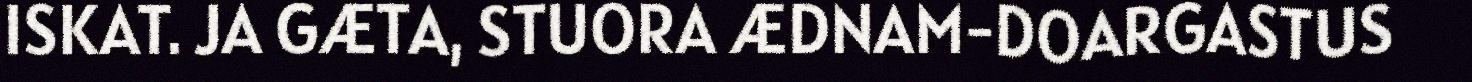
ISKAT. JA GÆTA, STUORA ÆDNAM-DOARGASTUS